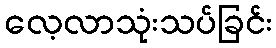
လေ့လာသုံးသပ်ခြင်း